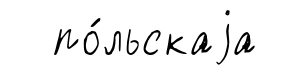
по́льскаjа